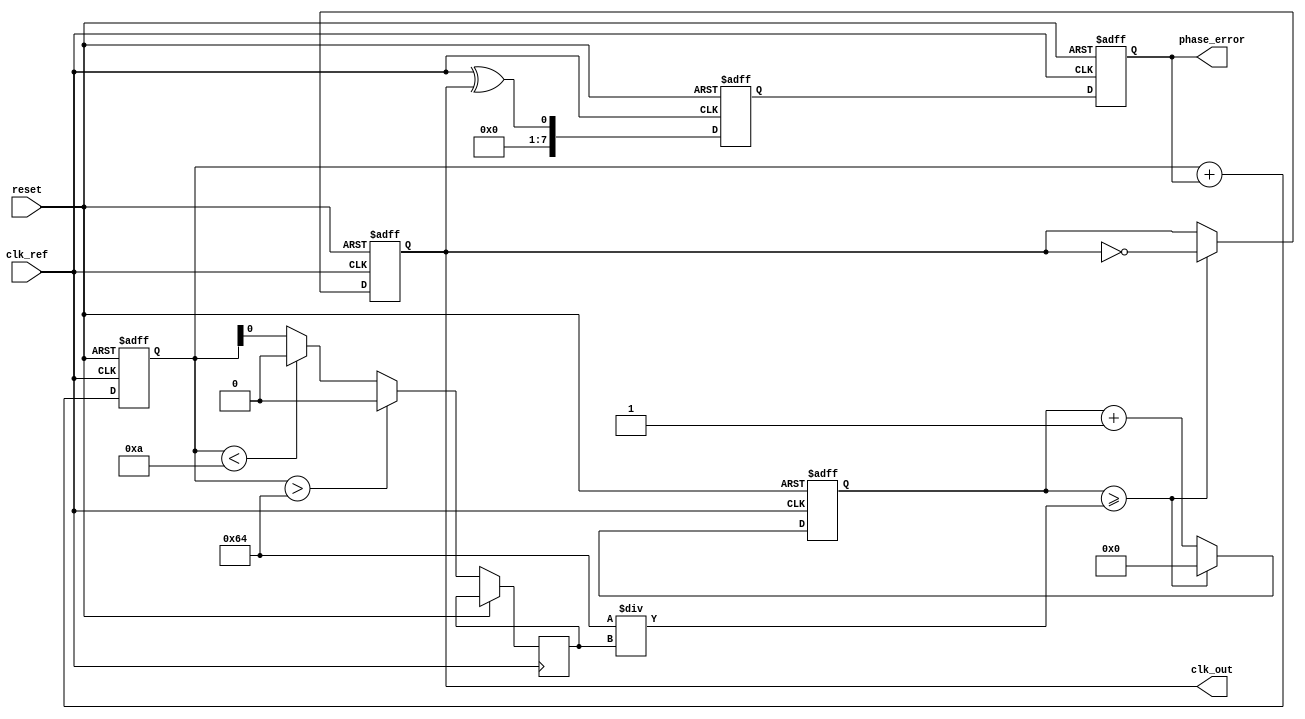
module fractional_PLL (
    input wire clk_ref,         // Reference clock input
    input wire reset,           // Reset signal
    output reg clk_out,         // Output clock
    output reg [7:0] phase_error // Phase error output for debugging
);

// Parameters
parameter N = 8;               // Number of bits for division ratio
parameter VCO_MAX_FREQ = 100;  // Maximum VCO frequency
parameter VCO_MIN_FREQ = 10;   // Minimum VCO frequency

// Internal signals
reg [N-1:0] div_ratio;         // Division ratio
reg [N-1:0] feedback_count;    // Feedback counter
reg [N-1:0] phase_detector_out; // Phase detector output
reg [N-1:0] loop_filter_out;    // Loop filter output
reg vco_control;                // VCO control signal
reg [N-1:0] memory_block;       // Memory block for division ratio
reg [31:0] vco_counter;         // VCO counter

// Phase Detector
always @(posedge clk_ref or posedge reset) begin
    if (reset) begin
        phase_detector_out <= 0;
        phase_error <= 0;
    end else begin
        // Simple phase detector logic (XOR for example)
        phase_detector_out <= (clk_ref ^ clk_out);
        phase_error <= phase_detector_out; // Output phase error
    end
end

// Loop Filter (Simple Integrator)
always @(posedge clk_ref or posedge reset) begin
    if (reset) begin
        loop_filter_out <= 0;
    end else begin
        loop_filter_out <= loop_filter_out + phase_error; // Integrate phase error
    end
end

// Voltage-Controlled Oscillator (VCO)
always @(posedge clk_ref or posedge reset) begin
    if (reset) begin
        vco_counter <= 0;
        clk_out <= 0;
    end else begin
        // Control VCO frequency based on loop filter output
        if (loop_filter_out > VCO_MAX_FREQ) begin
            vco_control <= VCO_MAX_FREQ;
        end else if (loop_filter_out < VCO_MIN_FREQ) begin
            vco_control <= VCO_MIN_FREQ;
        end else begin
            vco_control <= loop_filter_out;
        end
        
        // VCO frequency generation
        if (vco_counter >= (100 / vco_control)) begin
            clk_out <= ~clk_out; // Toggle output clock
            vco_counter <= 0;
        end else begin
            vco_counter <= vco_counter + 1;
        end
    end
end

// Divider/Feedback Network
always @(posedge clk_out or posedge reset) begin
    if (reset) begin
        feedback_count <= 0;
    end else begin
        feedback_count <= feedback_count + 1;
        if (feedback_count >= div_ratio) begin
            feedback_count <= 0;
            // Feedback logic can be implemented here
        end
    end
end

// Memory Block for Division Ratio
always @(posedge clk_ref or posedge reset) begin
    if (reset) begin
        memory_block <= 8'b00000001; // Default division ratio
    end else begin
        // Logic to update memory block can be added here
        // For example, based on external control signals
    end
end

endmodule